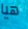
هيا